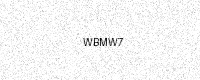
Text: WBMW7